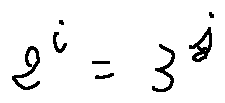
2 ^ { i } = 3 ^ { j }